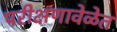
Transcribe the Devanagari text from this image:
परीक्षणावेळेत